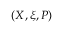
( \boldsymbol { \cal X } , \xi , P )